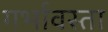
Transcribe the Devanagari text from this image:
गर्भावस्ता